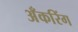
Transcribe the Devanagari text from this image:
अँकरिंग